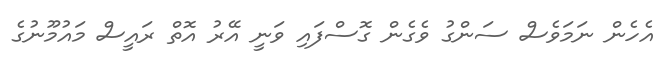
އެހެން ނަމަވެސް ސަންގު ވެގެން ގޮސްފައި ވަނީ އޭރު އޮތް ރައީސް މައުމޫނުގެ